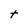
Character: t